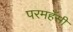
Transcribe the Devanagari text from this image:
परमहँसी